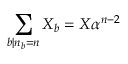
\sum _ { b \vert n _ { b } = n } X _ { b } = X \alpha ^ { n - 2 }